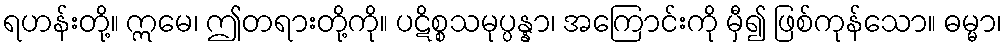
ရဟန်းတို့။ ဣမေ၊ ဤတရားတို့ကို။ ပဋိစ္စသမုပ္ပန္နာ၊ အကြောင်းကို မှီ၍ ဖြစ်ကုန်သော။ ဓမ္မာ၊